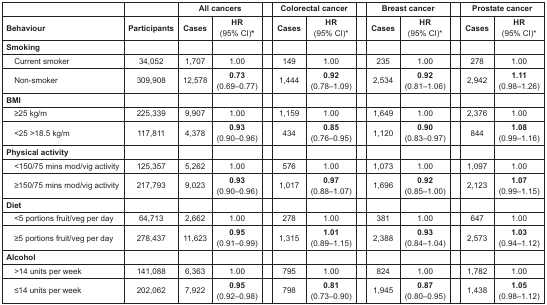
<table><thead><tr><td></td><td></td><td colspan="2"><b>All cancers</b></td><td></td><td colspan="2"><b>Colorectal cancer</b></td><td></td><td colspan="2"><b>Breast cancer</b></td><td></td><td colspan="2"><b>Prostate cancer</b></td></tr><tr><td><b>Behaviour</b></td><td><b>Participants</b></td><td><b>Cases</b></td><td><b>HR(95% CI)*</b></td><td></td><td><b>Cases</b></td><td><b>HR(95% CI)*</b></td><td></td><td><b>Cases</b></td><td><b>HR(95% CI)*</b></td><td></td><td><b>Cases</b></td><td><b>HR(95% CI)*</b></td></tr></thead><tbody><tr><td><b>Smoking</b></td><td></td><td></td><td></td><td></td><td></td><td></td><td></td><td></td><td></td><td></td><td></td><td></td></tr><tr><td>Current smoker</td><td>34,052</td><td>1,707</td><td>1.00</td><td></td><td>149</td><td>1.00</td><td></td><td>235</td><td>1.00</td><td></td><td>278</td><td>1.00</td></tr><tr><td>Non-smoker</td><td>309,908</td><td>12,578</td><td><b>0.73</b>(0.69–0.77)</td><td></td><td>1,444</td><td><b>0.92</b>(0.78–1.09)</td><td></td><td>2,534</td><td><b>0.92</b>(0.81–1.06)</td><td></td><td>2,942</td><td><b>1.11</b>(0.98–1.26)</td></tr><tr><td><b>BMI</b></td><td></td><td></td><td></td><td></td><td></td><td></td><td></td><td></td><td></td><td></td><td></td><td></td></tr><tr><td>≥25 kg/m</td><td>225,339</td><td>9,907</td><td>1.00</td><td></td><td>1,159</td><td>1.00</td><td></td><td>1,649</td><td>1.00</td><td></td><td>2,376</td><td>1.00</td></tr><tr><td>&lt;25 &gt;18.5 kg/m</td><td>117,811</td><td>4,378</td><td><b>0.93</b>(0.90–0.96)</td><td></td><td>434</td><td><b>0.85</b>(0.76–0.95)</td><td></td><td>1,120</td><td><b>0.90</b>(0.83–0.97)</td><td></td><td>844</td><td><b>1.08</b>(0.99–1.16)</td></tr><tr><td><b>Physical activity</b></td><td></td><td></td><td></td><td></td><td></td><td></td><td></td><td></td><td></td><td></td><td></td><td></td></tr><tr><td>&lt;150/75 mins mod/vig activity</td><td>125,357</td><td>5,262</td><td>1.00</td><td></td><td>576</td><td>1.00</td><td></td><td>1,073</td><td>1.00</td><td></td><td>1,097</td><td>1.00</td></tr><tr><td>≥150/75 mins mod/vig activity</td><td>217,793</td><td>9,023</td><td><b>0.93</b>(0.90–0.96)</td><td></td><td>1,017</td><td><b>0.97</b>(0.88–1.07)</td><td></td><td>1,696</td><td><b>0.92</b>(0.85–1.00)</td><td></td><td>2,123</td><td><b>1.07</b>(0.99–1.15)</td></tr><tr><td><b>Diet</b></td><td></td><td></td><td></td><td></td><td></td><td></td><td></td><td></td><td></td><td></td><td></td><td></td></tr><tr><td>&lt;5 portions fruit/veg per day</td><td>64,713</td><td>2,662</td><td>1.00</td><td></td><td>278</td><td>1.00</td><td></td><td>381</td><td>1.00</td><td></td><td>647</td><td>1.00</td></tr><tr><td>≥5 portions fruit/veg per day</td><td>278,437</td><td>11,623</td><td><b>0.95</b>(0.91–0.99)</td><td></td><td>1,315</td><td><b>1.01</b>(0.89–1.15)</td><td></td><td>2,388</td><td><b>0.93</b>(0.84–1.04)</td><td></td><td>2,573</td><td><b>1.03</b>(0.94–1.12)</td></tr><tr><td><b>Alcohol</b></td><td></td><td></td><td></td><td></td><td></td><td></td><td></td><td></td><td></td><td></td><td></td><td></td></tr><tr><td>&gt;14 units per week</td><td>141,088</td><td>6,363</td><td>1.00</td><td></td><td>795</td><td>1.00</td><td></td><td>824</td><td>1.00</td><td></td><td>1,782</td><td>1.00</td></tr><tr><td>≤14 units per week</td><td>202,062</td><td>7,922</td><td><b>0.95</b>(0.92–0.98)</td><td></td><td>798</td><td><b>0.81</b>(0.73–0.90)</td><td></td><td>1,945</td><td><b>0.87</b>(0.80–0.95)</td><td></td><td>1,438</td><td><b>1.05</b>(0.98–1.12)</td></tr></tbody></table>